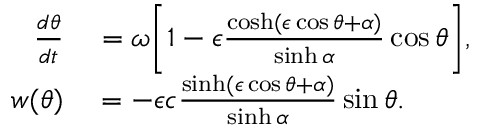
\begin{array} { r l } { \frac { d \theta } { d t } } & { { } = \omega \bigg [ 1 - \epsilon \frac { \cosh ( \epsilon \cos \theta + \alpha ) } { \sinh \alpha } \cos \theta \bigg ] , } \\ { w ( \theta ) } & { { } = - \epsilon c \frac { \sinh ( \epsilon \cos \theta + \alpha ) } { \sinh \alpha } \sin \theta . } \end{array}